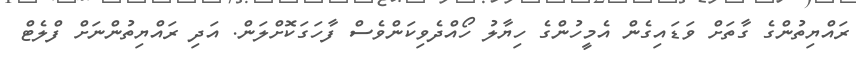
ރައްޔިތުންގެ ގާތަށް ވަޑައިގެން އެމީހުންގެ ހިޔާލު ހޯއްދެވިކަންވެސް ފާހަގަކޮށްލަން. އަދި ރައްޔިތުންނަށް ފްލެޓް